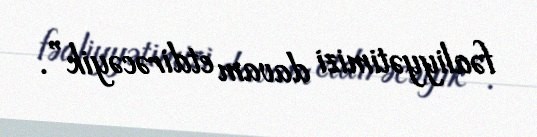
fəaliyyətimizi davam etdirəcəyik”.